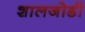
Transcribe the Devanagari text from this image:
शालजोडी